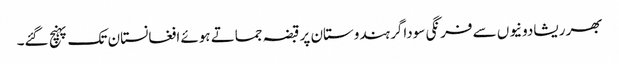
بھر ریشادونیوں سے فرنگی سوداگر ہندوستان پر قبضہ جماتے ہوئے افغانستان تک پہنچ گئے۔